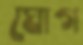
ঘোগ